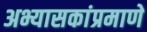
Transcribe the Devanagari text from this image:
अभ्यासकांप्रमाणे